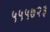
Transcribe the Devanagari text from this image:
५५५७२३